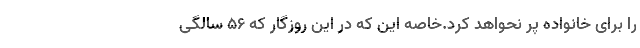
را برای خانواده پُر نحواهد کرد.خاصه این که در این روزگار که 56 سالگی